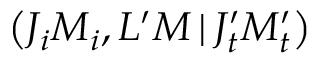
\left( J _ { i } M _ { i } , L ^ { \prime } M \, | \, J _ { t } ^ { \prime } M _ { t } ^ { \prime } \right)